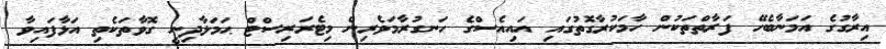
އިރާގުގެ އަމަނާބެހޭ ފަރާތްތަކުން ހާމަކުރާގޮތުގައި އައިއެސްގެ ހަނގުރާމަވެރިން މިޓެރަރިސްޓް ޙަމަލާދިނީ ގޮވާތަކެތި އަޅާފައިވާ